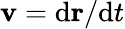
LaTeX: \mathbf{v}=\mathrm{d}\mathbf{r}/\mathrm{d}t